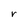
Character: r